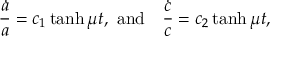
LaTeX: \frac { \dot { a } } { a } = c _ { 1 } \operatorname { t a n h } { \mu t } , ~ \mathrm { a n d } ~ ~ ~ \frac { \dot { c } } { c } = c _ { 2 } \operatorname { t a n h } { \mu t } ,